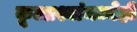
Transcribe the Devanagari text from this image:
कूटप्रश्नांमध्येही